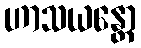
ဟာသယန္တော